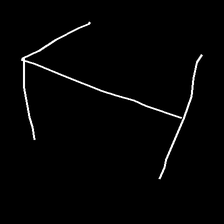
Glyph: levitation